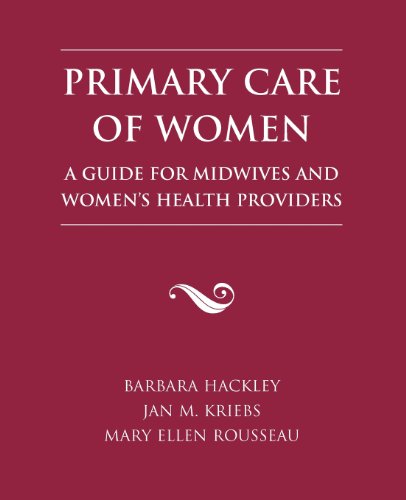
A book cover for Primary Care of Women: A Guide for Midwives & Women's Health Providers; Barbara Hackley; Medical Books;